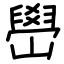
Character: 嶨